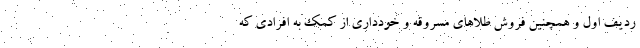
ردیف اول و همچنین فروش طلاهای مسروقه و خودداری از کمک به افرادی که